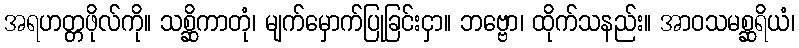
အရဟတ္တဖိုလ်ကို။ သစ္ဆိကာတုံ၊ မျက်မှောက်ပြုခြင်းငှာ။ ဘဗ္ဗော၊ ထိုက်သနည်း။ အာဝသမစ္ဆရိယံ၊